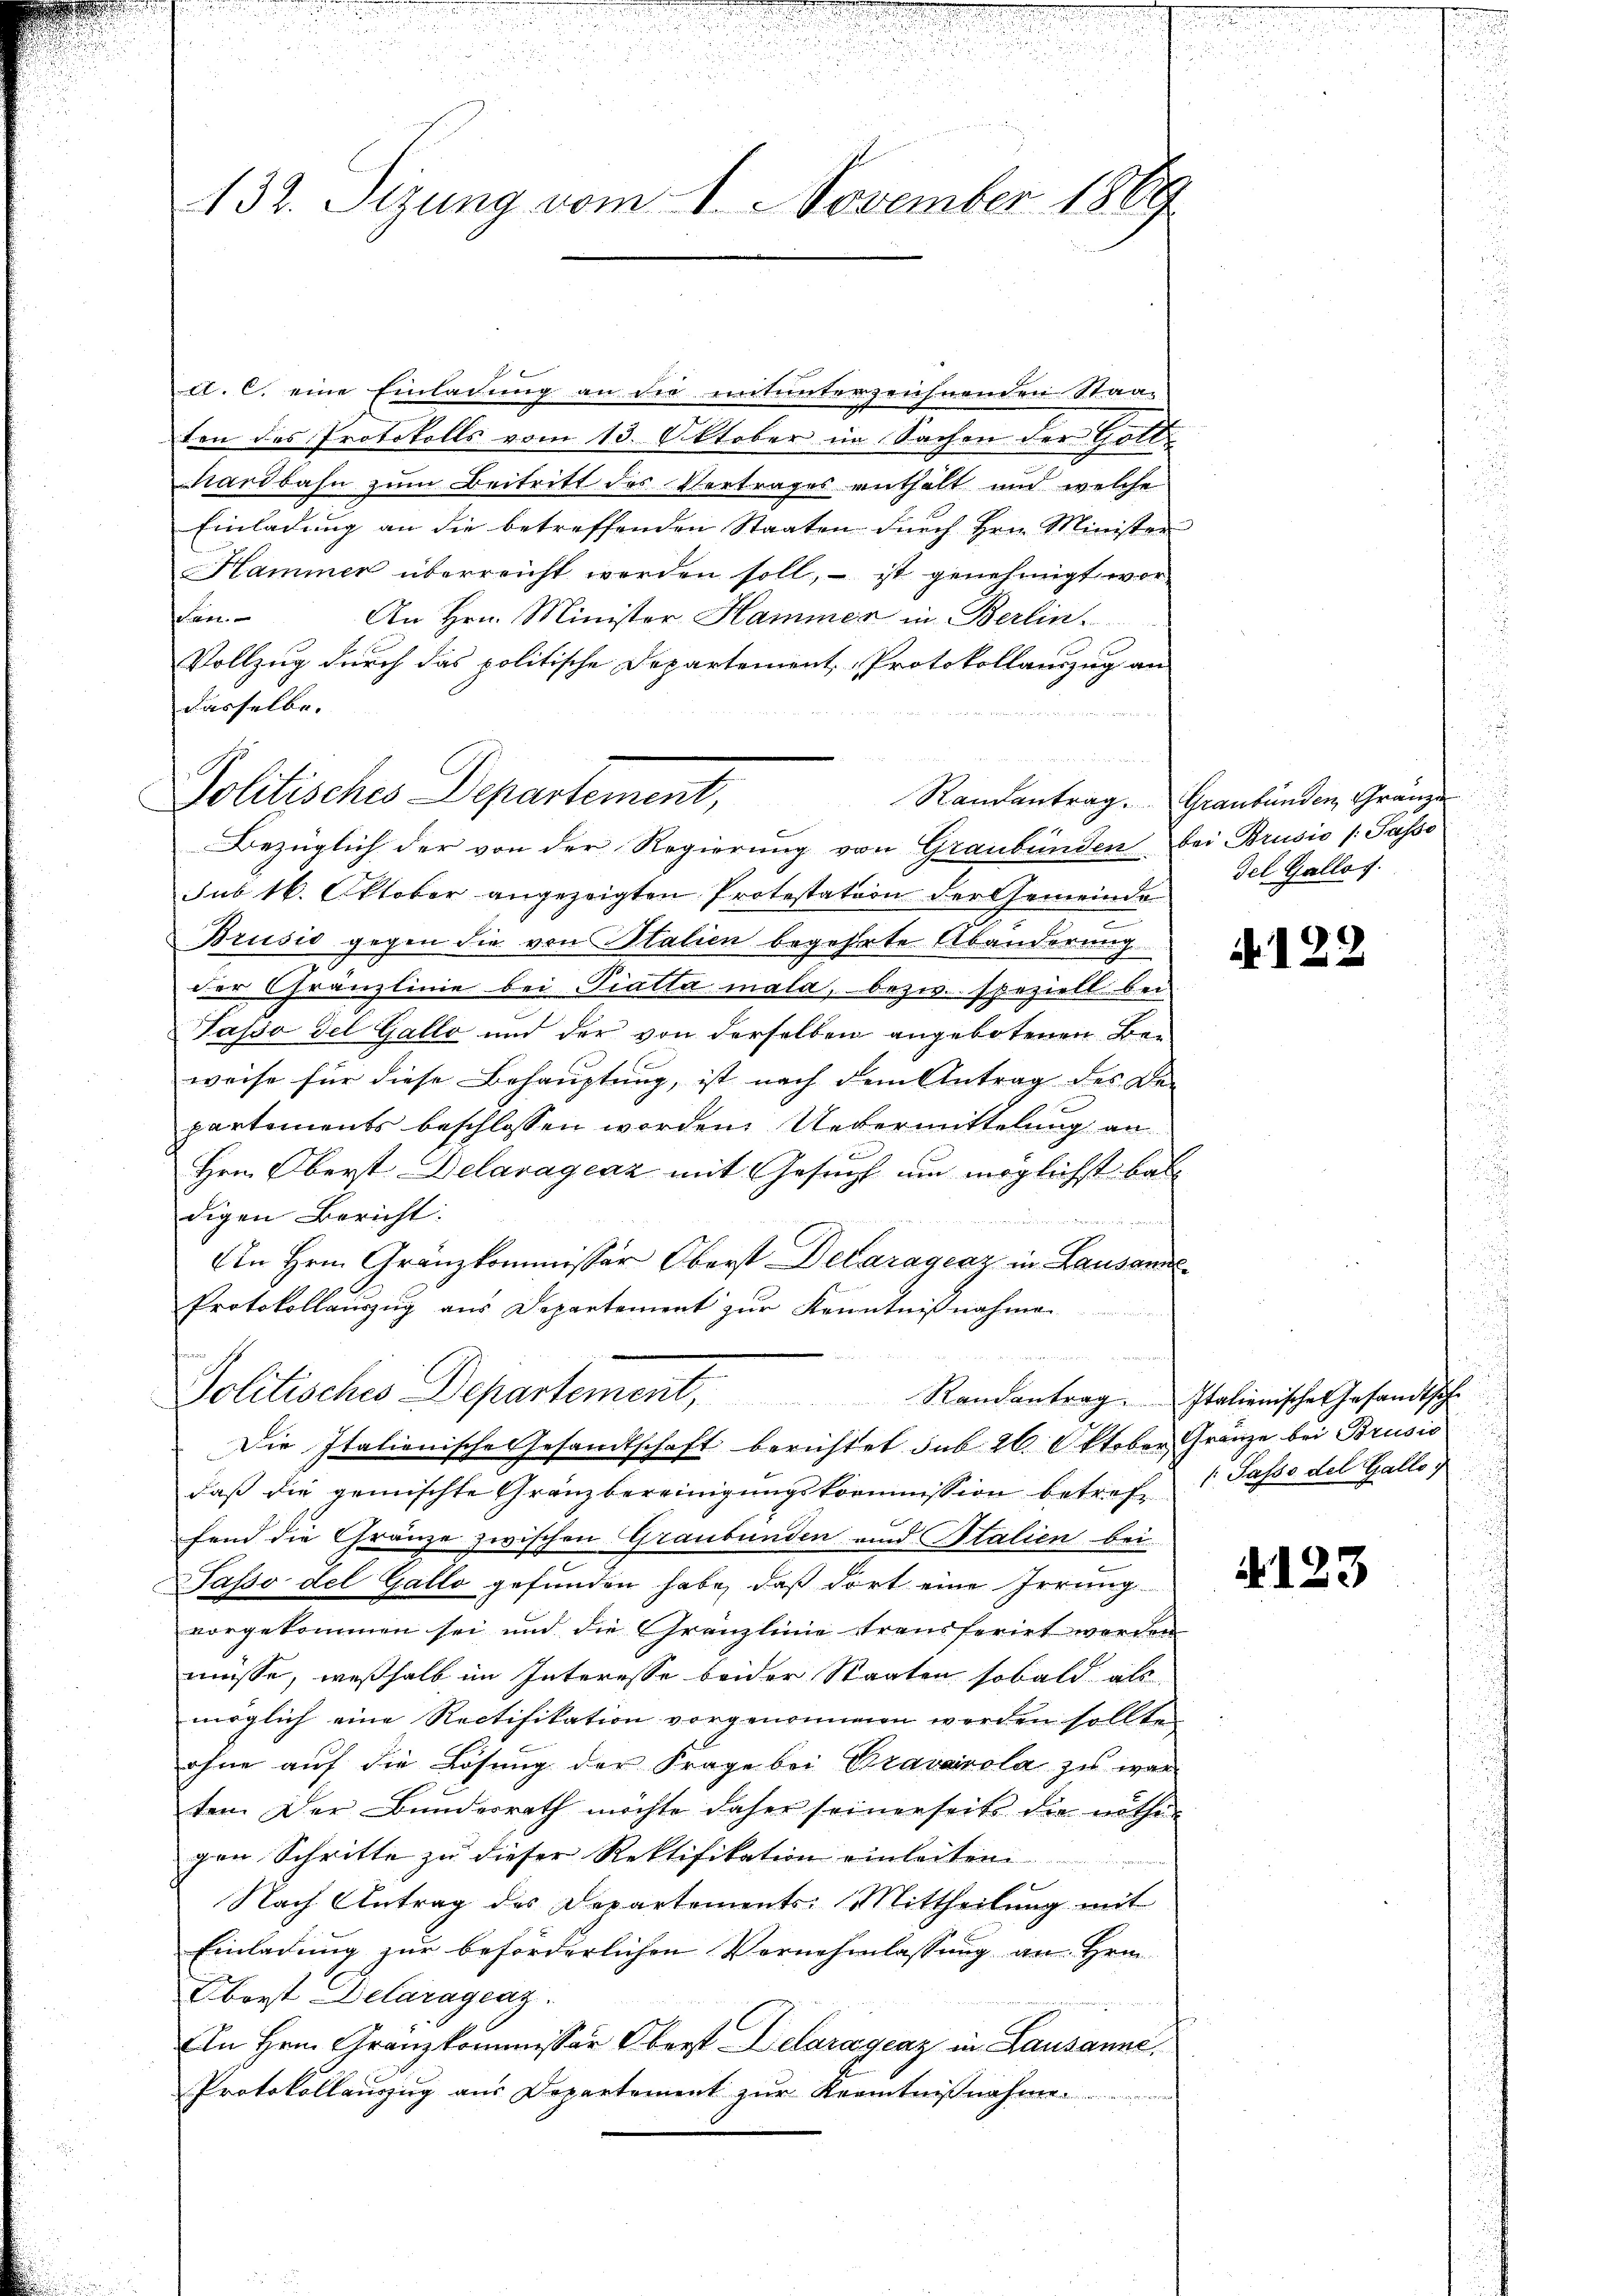
.
132. Sitzung vom 21. November 1869

d. C. eine Einladung an die mitunterzeichnenden Staat
ten des Protokolls vom 13. Oktober im Sachen der Gold-
Sardbahn zum Beitritt des Vertrages enthalt und welche
Einladung an die betreffenden Staaten durch Hrn. Minister
Hammer überreicht werden soll, – ist genehmigt wor-
sehen.
An Hrn. Minister Hammer in Berlin.
Vollzug durch das politische Departement Protokollauszug an
dasselbe.
Bezüglich der von der Regierŭng von Graubünden bei Brusio (: Passo
sub 16. Oktober angezeigten Protestation der Gemeinde
Brusio gegen die von Stalien begehrte Abänderung
der Chranzlinie bei Piatta mala, bezw. speziell bei
Tasso del Gallo und der von derselben angebotenen Be-
weise für diese Behauptung, ist nach dem Antrag des De-
partements beschlossen worden. Uebermittelung an
Hrn. Oberst Delavageaz mit Gesuch um möglichst bal-
digen Bericht:

An Hrn. Gränzkommissär Oberst Delaragenz in Lausann
Protokollauszug aus Departement zur Kenntnißnahmen
emmin
Politisches Departement, Randantrage Italienisches Gesandtsche
Die Italienische Gesandtschaft berichtet sub 26. Oktober, Gränze bei Brusić
daß die gemischte Gränzbereinigungskommission betrefffend die Gränze zwischen Graubünden und Stalien bei
e
Passo del Gallo gefunden habe, daß dort eine Irrung-
vorgekommen sei und die Gränzlinie transferirt werden
müsse, weßhalb im Interesse beider Staaten sobald als
möglich eine Rectifikation vorgenommen werden sollte
ohne auf die Lösung der Frage bei Bravairola zu war
ten. Der Bundesrath möchte daher seinerseits die nöthi
gen Schritte zu dieser Rektifikation einleiten
Nach Antrag des Departements. Mittheilung mit
Einladung zur beförderlichen Vernehmlassung an Hrn.
Ebort Delaragenz.
An Hrn. Gränzkommissor Oberst Delaragenz in Lausanne.
Protokollauszug aus Departement zur Krenntnißnahme.

Politisches Departement,

Randantrag. Graubünden Gränze

Fel. Gallo f.

A122

Passo del Gallo

4123